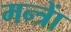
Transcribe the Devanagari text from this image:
मन्त्राें